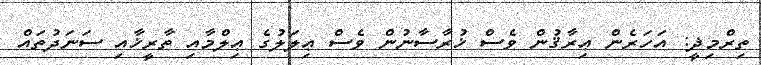
ތިރްމިޛީ: އަހަރެން ޢިރާޤުން ވެސް ޚުރާސާނުން ވެސް ޢިލަލުގެ ޢިލްމާއި ތާރީޚާއި ސަނަދުތައް